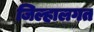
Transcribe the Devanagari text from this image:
जिल्हालगत